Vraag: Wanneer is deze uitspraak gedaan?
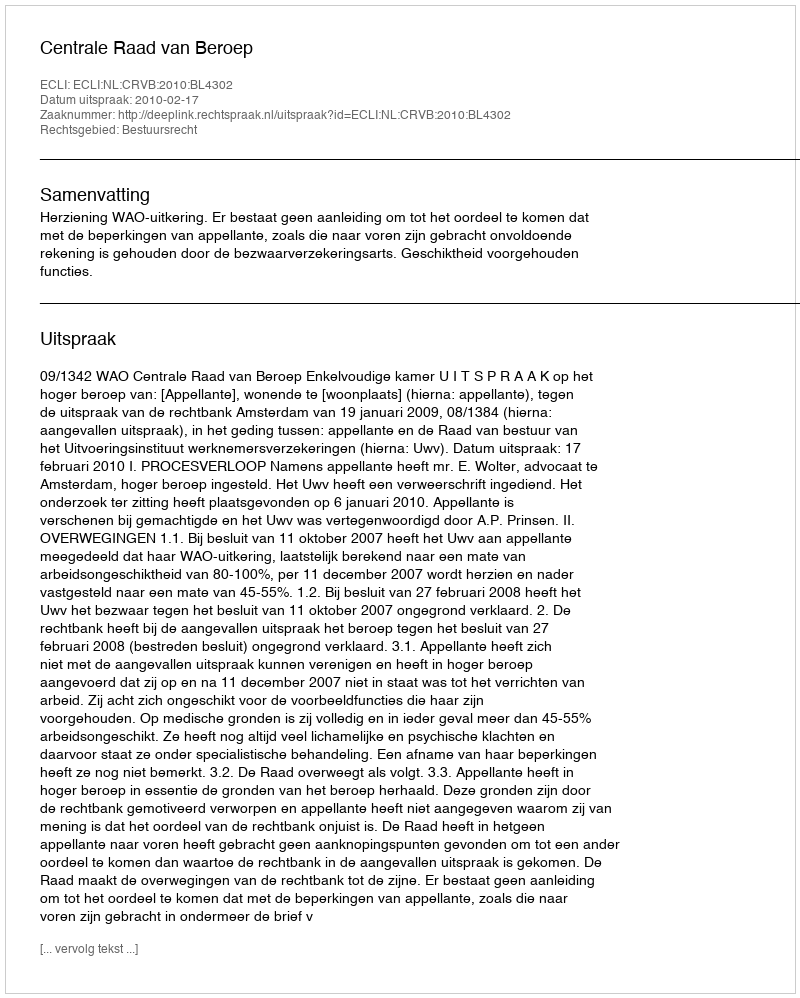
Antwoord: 2010-02-17